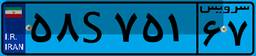
۵۸S۷۵۱۶۷